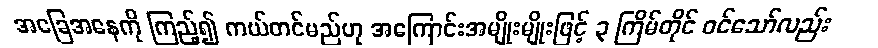
အခြေအနေကို ကြည့်၍ ကယ်တင်မည်ဟု အကြောင်းအမျိုးမျိုးဖြင့် ၃ ကြိမ်တိုင် ဝင်သော်လည်း